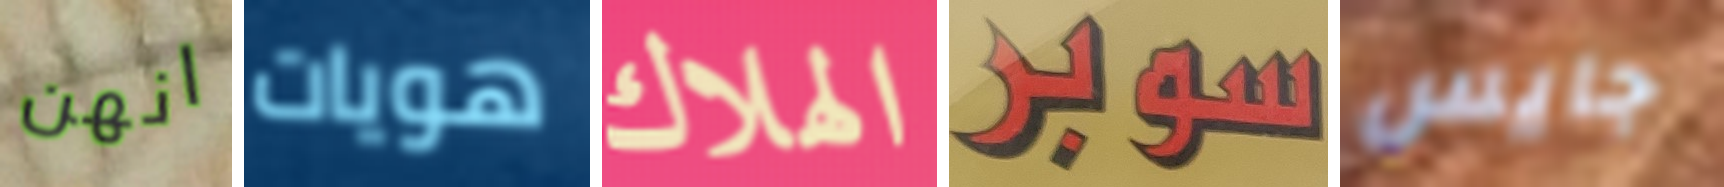
انهن هويات الهلاك سوبر جايس